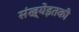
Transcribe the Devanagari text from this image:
संख्येइतकी